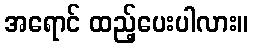
အရောင် ထည့်ပေးပါလား။